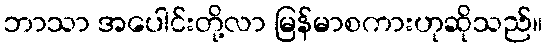
ဘာသာ အပေါင်းတို့လာ မြန်မာစကားဟုဆိုသည်။